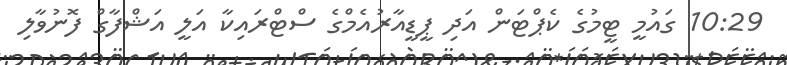
10:29 ގައުމީ ޓީމުގެ ކެޕްޓަން އަދި ޕީޑީއާރުއެމްގެ ސްޓްރައިކާ އަލީ އަޝްފާގް ފޮނުވާލި